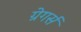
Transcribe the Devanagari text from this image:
ग्रेगर्स